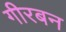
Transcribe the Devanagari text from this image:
गीरबन